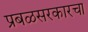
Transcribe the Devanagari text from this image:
प्रबळसरकारचा